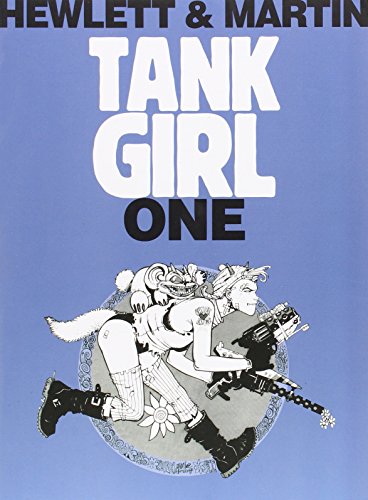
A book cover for Tank Girl 1 (Remastered Edition) (Bk. 1); Alan C Martin; Comics & Graphic Novels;